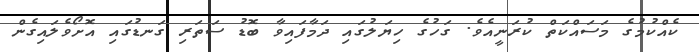
ކެއްކުމުގެ މަސައްކަތް ކުރަނީއެވެ. ގަހުގެ ހިޔަލުގައި ދަމާފައިވާ ބޮޑު ސަތަރި ގަނޑުގައި އޮށޯވެލައިގެން